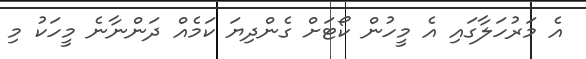
އެ މަރުހަލާގައި އެ މީހުން ކޯޓަށް ގެންދިޔަ ކަމެއް ދަންނާނެ މީހަކު މި